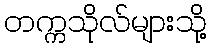
တက္ကသိုလ်များသို့